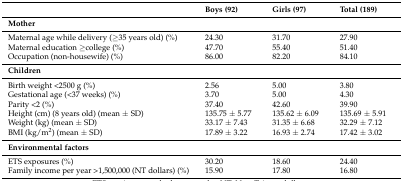
<table><thead><tr><td></td><td><b>Boys (92)</b></td><td><b>Girls (97)</b></td><td><b>Total (189)</b></td></tr></thead><tbody><tr><td><b>Mother</b></td><td></td><td></td><td></td></tr><tr><td>Maternal age while delivery (≥35 years old) (%)</td><td>24.30</td><td>31.70</td><td>27.90</td></tr><tr><td>Maternal education ≥college (%)</td><td>47.70</td><td>55.40</td><td>51.40</td></tr><tr><td>Occupation (non-housewife) (%)</td><td>86.00</td><td>82.20</td><td>84.10</td></tr><tr><td><b>Children</b></td><td></td><td></td><td></td></tr><tr><td>Birth weight &lt;2500 g (%)</td><td>2.56</td><td>5.00</td><td>3.80</td></tr><tr><td>Gestational age (&lt;37 weeks) (%)</td><td>3.70</td><td>5.00</td><td>4.30</td></tr><tr><td>Parity &lt;2 (%)</td><td>37.40</td><td>42.60</td><td>39.90</td></tr><tr><td>Height (cm) (8 years old) (mean ± SD)</td><td>135.75 ± 5.77</td><td>135.62 ± 6.09</td><td>135.69 ± 5.91</td></tr><tr><td>Weight (kg) (mean ± SD)</td><td>33.17 ± 7.43</td><td>31.35 ± 6.68</td><td>32.29 ± 7.12</td></tr><tr><td>BMI (kg/m<sup>2</sup>) (mean ± SD)</td><td>17.89 ± 3.22</td><td>16.93 ± 2.74</td><td>17.42 ± 3.02</td></tr><tr><td><b>Environmental factors</b></td><td></td><td></td><td></td></tr><tr><td>ETS exposures (%)</td><td>30.20</td><td>18.60</td><td>24.40</td></tr><tr><td>Family income per year &gt;1,500,000 (NT dollars) (%)</td><td>15.90</td><td>17.80</td><td>16.80</td></tr></tbody></table>